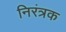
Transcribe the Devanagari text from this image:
निरंत्रक